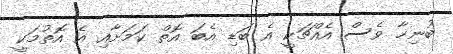
ބުނިހާ ވެސް އެއްޗަކީ އެ ބަޑި އެބަ އޮތް ކަމަށާއި އެ އޮތުމަކީ